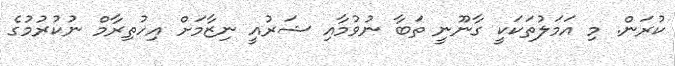
ކުރަން. މި އަމަލުތަކަކީ ގާނޫނީ ތަބާ ނުވުމާއި ޝަރުއީ ނިޒާމަށް އިހުތިރާމް ނުކުރުމުގެ